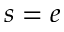
s = e